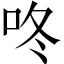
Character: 咚